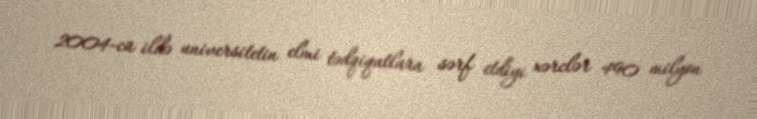
2004-cü ildə universitetin elmi tədqiqatlara sərf etdiyi xərclər 490 milyon